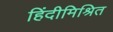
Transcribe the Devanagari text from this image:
हिंदीमिश्रित